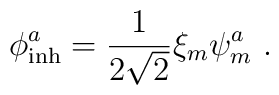
\phi^a_{\rm inh} = \frac{1}{2\sqrt{2}}\xi_m\psi^a_m ~.